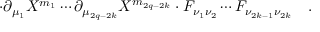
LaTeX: \cdot \partial _ { \mu _ { 1 } } X ^ { m _ { 1 } } \cdots \partial _ { \mu _ { 2 q - 2 k } } X ^ { m _ { 2 q - 2 k } } \cdot F _ { \nu _ { 1 } \nu _ { 2 } } \cdots F _ { \nu _ { 2 k - 1 } \nu _ { 2 k } } \quad .